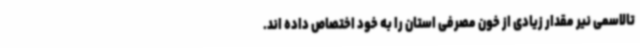
تالاسمی نیر مقدار زیادی از خون مصرفی استان را به خود اختصاص داده اند.